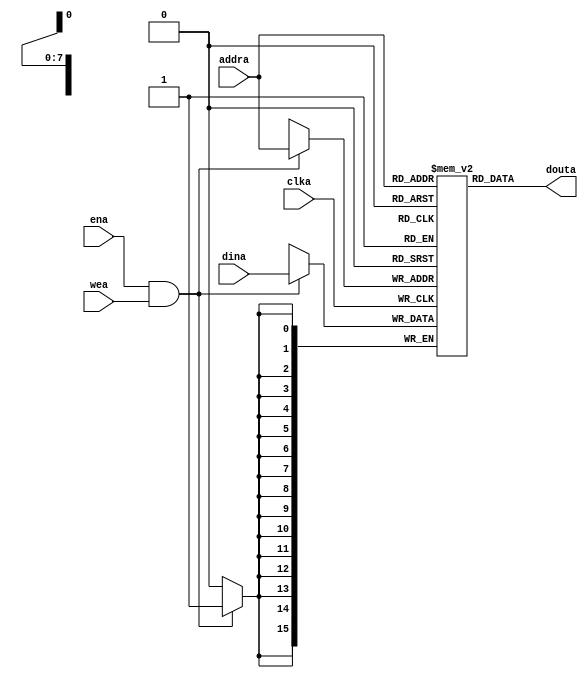
`timescale 1ns / 1ps
//////////////////////////////////////////////////////////////////////////////////
// Company: 
// Engineer: 
// 
// Design Name: 
// Module Name:    data_memory 
// Project Name: 
// Target Devices: 
// Tool versions: 
// Description: 
//
// Dependencies: 
//
// Revision: 
// Revision 0.01 - File Created
// Additional Comments: 
//
//////////////////////////////////////////////////////////////////////////////////
module data_memory(
		input wire wea,
		input wire clka,
		input wire [7:0]addra,
		output wire [15:0]douta,
		input wire [15:0]dina,
		input wire ena
    );
	
	parameter deep = 256;
	(*KEEP = "TRUE"*)
	reg [15:0]mem[deep - 1:0];
	
	always@(posedge clka) begin
		if (ena&&wea) begin
			mem[addra] <= dina;
		end
	end
	
	assign douta = mem[addra];

	integer k;
	initial begin
		mem[0] = 0;
		mem[1] = 9;
		mem[2] = 6;
		for(k = 3;k < deep;k = k + 1)
			mem[k] <= 0;
	end
endmodule